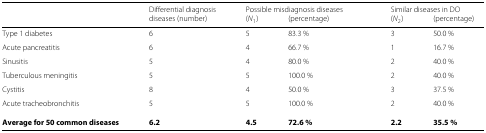
<table><thead><tr><td></td><td><b>Differential diagnosis</b></td><td colspan="2"><b>Possible misdiagnosis diseases</b></td><td colspan="2"><b>Similar diseases in DO</b></td></tr><tr><td></td><td><b>diseases (number)</b></td><td><b>(<i>N</i><sub>1</sub>)</b></td><td><b>(percentage)</b></td><td><b>(<i>N</i><sub>2</sub>)</b></td><td><b>(percentage)</b></td></tr></thead><tbody><tr><td>Type 1 diabetes</td><td>6</td><td>5</td><td>83.3 %</td><td>3</td><td>50.0 %</td></tr><tr><td>Acute pancreatitis</td><td>6</td><td>4</td><td>66.7 %</td><td>1</td><td>16.7 %</td></tr><tr><td>Sinusitis</td><td>5</td><td>4</td><td>80.0 %</td><td>2</td><td>40.0 %</td></tr><tr><td>Tuberculous meningitis</td><td>5</td><td>5</td><td>100.0 %</td><td>2</td><td>40.0 %</td></tr><tr><td>Cystitis</td><td>8</td><td>4</td><td>50.0 %</td><td>3</td><td>37.5 %</td></tr><tr><td>Acute tracheobronchitis</td><td>5</td><td>5</td><td>100.0 %</td><td>2</td><td>40.0 %</td></tr><tr><td><b>Average for 50 common diseases</b></td><td><b>6.2</b></td><td><b>4.5</b></td><td><b>72.6 %</b></td><td><b>2.2</b></td><td><b>35.5 %</b></td></tr></tbody></table>